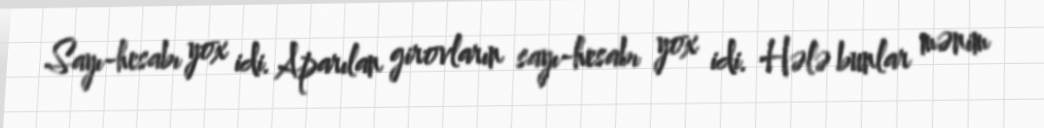
Sayı-hesabı yox idi. Aparılan girovların sayı-hesabı yox idi. Hələ bunlar mənim